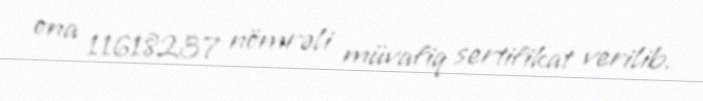
ona 11618237 nömrəli müvafiq sertifikat verilib.